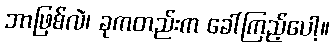
ဘာဖြစ်လဲ၊ ခုကတည်းက ခေါ်ကြည့်ပေါ့။